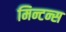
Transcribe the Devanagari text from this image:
मिन्टन्स